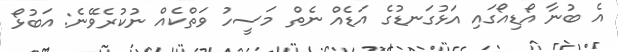
އެ ބުނާ އޯޑިއޯގައި އަޅުގަނޑުގެ އަޑެއް ނެތް މަސީހު ވަތްކެއް ނުކުރެވޭނެ: އަބުޅޯ